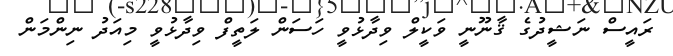
ރައީސް ނަޝީދުގެ ޤާނޫނީ ވަކީލް ވިދާޅުވީ ހަސަން ލަތީފް ވިދާޅުވީ މިއަދު ނިންމަން